Report of the Indian Hemp Drugs Commission, 1894-1895 - Volume III
Year: 1894
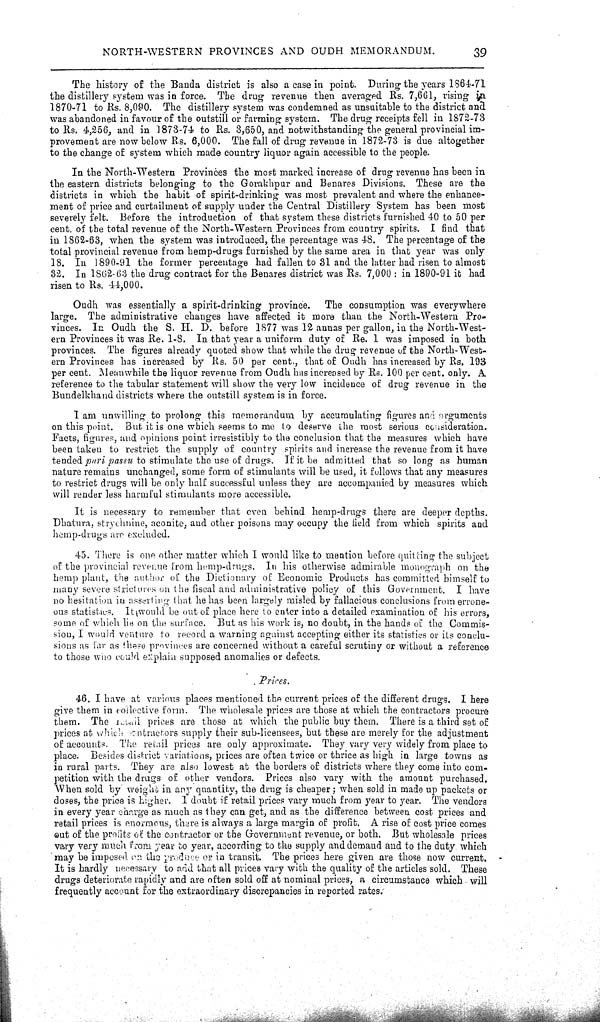
NORTH-WESTERN PROVINCES AND OUDH MEMORANDUM.
39
The history of the Banda district is also a case in point. During the years 1864-71
the distillery system was in force. The drug revenue then averaged Rs. 7,661, rising in
1870-71 to Rs. 8,090. The distillery system was condemned as unsuitable to the district and
was abandoned in favour of the outstill or farming system. The drug receipts fell in 1872-73
to Rs. 4,256, and in 1873-74 to Rs. 3,650, and notwithstanding the general provincial im-
provement are now below Rs. 6,000. The fall of drug revenue in 1872-73 is due altogether
to the change of system which made country liquor again accessible to the people.
In the North-Western Provinces the most marked increase of drug revenue has been in
the eastern districts belonging to the Gorakhpur and Benares Divisions. These are the
districts in which the habit of spirit-drinking was most prevalent and where the enhance-
ment of price and curtailment of supply under the Central Distillery System has been most
severely felt. Before the introduction of that system these districts furnished 40 to 50 per
cent of the total revenue of the North-Western Provinces from country spirits. I find that
in 1862-63, when the system was introduced, the percentage was 48. The percentage of the
total provincial revenue from hemp-drugs furnished by the same area in that year was only
18. In 1890-91 the former percentage had fallen to 31 and the latter had risen to almost
32. In 1862-63 the drug contract for the Benares district was Rs. 7,000: in 1890-91 it had
risen to Rs. 44,000.
Oudh was essentially a spirit-drinking province. The consumption was everywhere
large. The administrative changes have affected it more than the North-Western Pro-
vinces. In Oudh the S. H. D. before 1877 was 12 annas per gallon, in the North-West-
ern Provinces it was Re. 1-8. In that year a uniform duty of Re. 1 was imposed in both
provinces. The figures already quoted show that while the drug revenue of the North-West-
ern Provinces has increased by Rs. 50 per cent., that of Oudh has increased by Rs. 193
per cent. Meanwhile the liquor revenue from Oudh has increased by Rs. 100 per cent. only. A
reference to the tabular statement will show the very low incidence of drug revenue in the
Bundelkhand districts where the outstill system is in force.
I am unwilling to prolong this memorandum by accumulating figures and arguments
on this point. But it is one which seems to me to deserve the most serious consideration.
Facts, figures, and opinions point irresistibly to the conclusion that the measures which have
been taken to restrict the supply of country spirits and increase the revenue from it have
tended pari passu to stimulate the use of drugs. If it be admitted that so long as human
nature remains unchanged, some form of stimulants will be used, it follows that any measures
to restrict drugs will be only half successful unless they are accompanied by measures which
will render less harmful stimulants more accessible.
It is necessary to remember that even behind hemp-drugs there are deeper depths.
Dhatura, strychnine, aconite, and other poisons may occupy the field from which spirits and
hemp-drugs are excluded.
45. There is one other matter which I would like to mention before quitting the subject
of the provincial revenue from hemp-drugs. In his otherwise admirable monograph on the
hemp plant, the author of the Dictionary of Economic Products has committed himself to
many severe strictures on the fiscal and administrative policy of this Government. I have
no hesitation in asserting that he has been largely misled by fallacious conclusions from errone-
ous statistics. It would be out of place here to enter into a detailed examination of his errors,
some of which lie on the surface. But as his work is, no doubt, in the hands of the Commis-
sion, I would venture to record a warning against accepting either its statistics or its conclu-
sions as far as these provinces are concerned without a careful scrutiny or without a reference
to those who could explain supposed anomalies or defects.
Prices.
46. I have at various places mentioned the current prices of the different drugs. I here
give them in collective form. The wholesale prices are those at which the contractors procure
them. The retail prices are those at which the public buy them. There is a third set of
prices at which contractors supply their sub-licensees, but these are merely for the adjustment
of accounts. The retail prices are only approximate. They vary very widely from place to
place. Besides district variations, prices are often twice or thrice as high in large towns as
in rural parts. They are also lowest at the borders of districts where they come into com-
petition with the drugs of other vendors. Prices also vary with the amount purchased.
When sold by weight in any quantity, the drug is cheaper; when sold in made up packets or
doses, the price is higher. I doubt if retail prices vary much from year to year. The vendors
in every year charge as much as they can get, and as the difference between cost prices and
retail prices is enormous, there is always a large margin of profit, A rise of cost price comes
out of the profits of the contractor or the Government revenue, or both. But wholesale prices
vary very much from year to year, according to the supply and demand and to the duty which
may be imposed on the produce or in transit. The prices here given are those now current.
It is hardly necessary to add that all prices vary with the quality of the articles sold. These
drugs deteriorate rapidly and are often sold off at nominal prices, a circumstance which will
frequently account for the extraordinary discrepancies in reported rates.